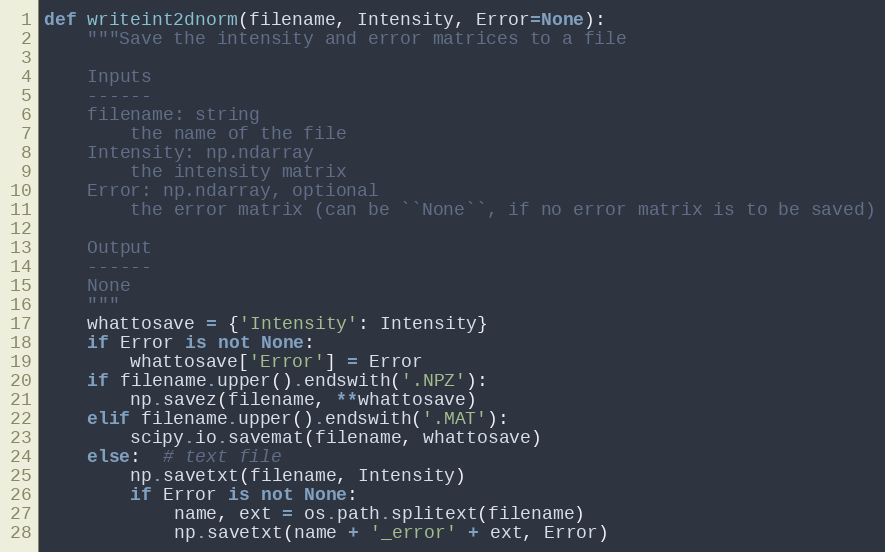
Language: Python
def writeint2dnorm(filename, Intensity, Error=None):
    """Save the intensity and error matrices to a file

    Inputs
    ------
    filename: string
        the name of the file
    Intensity: np.ndarray
        the intensity matrix
    Error: np.ndarray, optional
        the error matrix (can be ``None``, if no error matrix is to be saved)

    Output
    ------
    None
    """
    whattosave = {'Intensity': Intensity}
    if Error is not None:
        whattosave['Error'] = Error
    if filename.upper().endswith('.NPZ'):
        np.savez(filename, **whattosave)
    elif filename.upper().endswith('.MAT'):
        scipy.io.savemat(filename, whattosave)
    else:  # text file
        np.savetxt(filename, Intensity)
        if Error is not None:
            name, ext = os.path.splitext(filename)
            np.savetxt(name + '_error' + ext, Error)